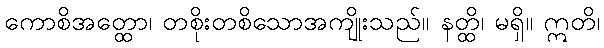
ကောစိအတ္ထော၊ တစိုးတစိသောအကျိုးသည်။ နတ္ထိ၊ မရှိ။ ဣတိ၊